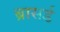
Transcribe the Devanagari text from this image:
ब्रासर्ड